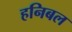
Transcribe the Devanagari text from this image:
हनिबल